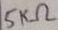
Text: 5KΩ